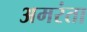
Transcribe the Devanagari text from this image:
अमरंता